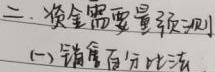
二、资金需要量预测(一)销售百分比法